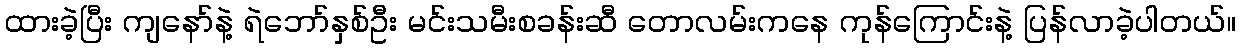
ထားခဲ့ပြီး ကျနော်နဲ့ ရဲဘော်နှစ်ဦး မင်းသမီးစခန်းဆီ တောလမ်းကနေ ကုန်ကြောင်းနဲ့ ပြန်လာခဲ့ပါတယ်။